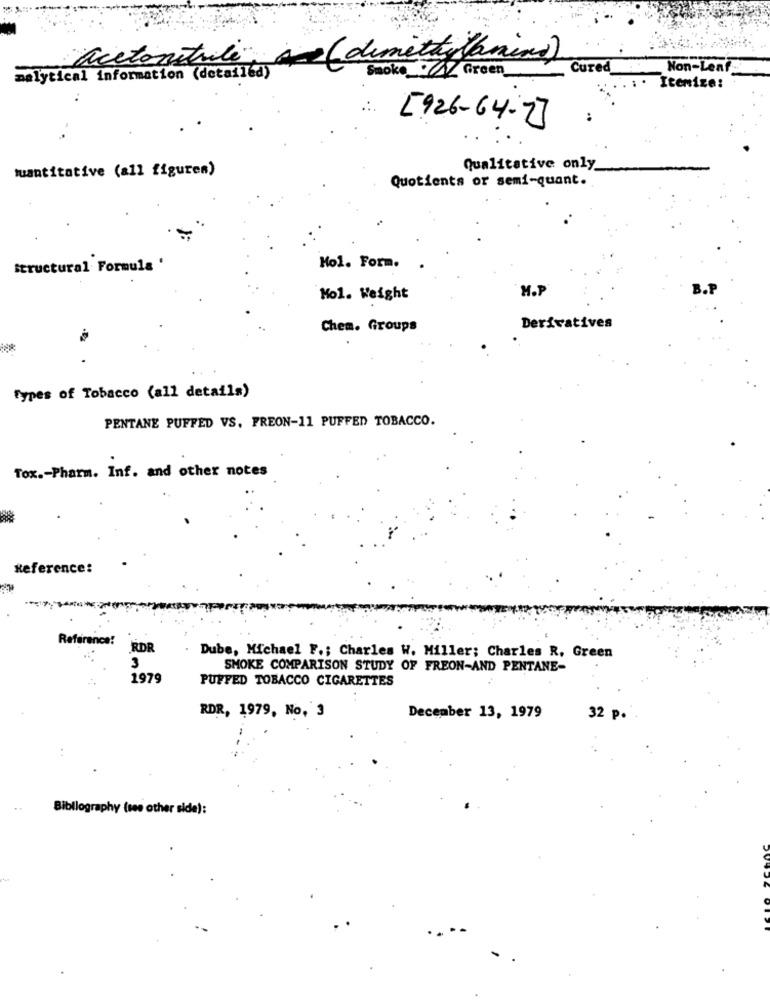
acetonitule (dimethy lamins)
SmokeZ Green
Cured
Non-Leaf
malytical information (detailed)
Itemize:
[926-64-7]
Quantitative (all figuren)
Qualitative only
Quotients or semi-quant.
Structural Formula '
Hol. Form.
M.P
Mol. Weight
Chem. Groups
Derivatives
.
Types of Tobacco (all details)
PENTANE PUFFED VS. PREON-11 PUFFED TOBACCO.
Tox .- Pharm. Inf. and other notes
Reference:
Reference:
RDR
Dube, Michael F .; Charles W. Miller; Charles R, Green
SMOKE COMPARISON STUDY OF FREON-AND PENTANE-
1979
PUFFED TOBACCO CIGARETTES
RDR, 1979, No, 3
December 13, 1979
32 p.
Bibliography (see other side):
....